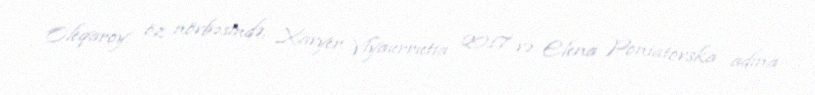
Oleqaroy, öz növbəsində, Xavyer Viyaurrutia 2017 və Elena Poniatovska adına